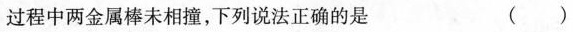
过程中两金属棒未相撞，下列说法正确的是 ()